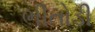
ભીતોડી